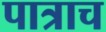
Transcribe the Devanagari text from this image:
पात्राच